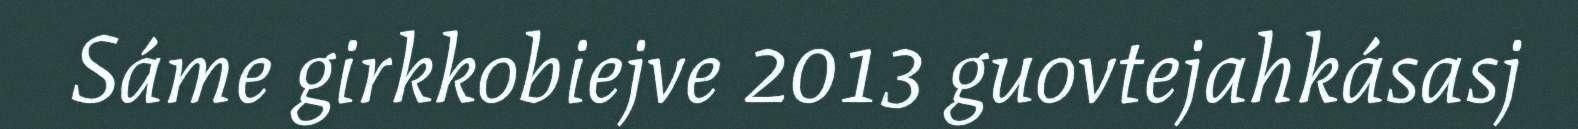
Sáme girkkobiejve 2013 guovtejahkásasj